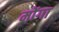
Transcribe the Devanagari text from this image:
मोंगा